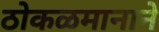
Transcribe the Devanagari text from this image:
ठोकळमानाने